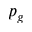
p _ { g }